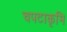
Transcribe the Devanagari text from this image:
चपटाकृमि